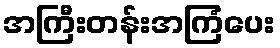
အကြီးတန်းအကြံပေး